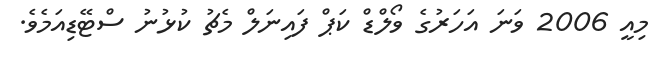
މިއީ 2006 ވަނަ އަހަރުގެ ވޯލްޑް ކަޕް ފައިނަލް މެޗު ކުޅުނު ސްޓޭޑިއަމެވެ.